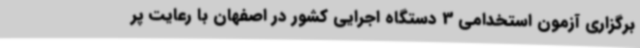
برگزاری آزمون استخدامی 3 دستگاه اجرایی کشور در اصفهان با رعایت پر